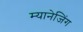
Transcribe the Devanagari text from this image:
म्यानेजिंग